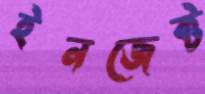
ইনজেক্ট